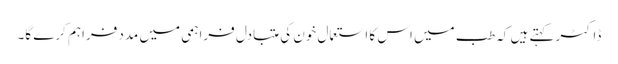
ڈاکٹر کہتے ہیں کہ طب میں اس کا استعمال خون کی متبادل فراہمی میں مدد فراہم کرے گا۔